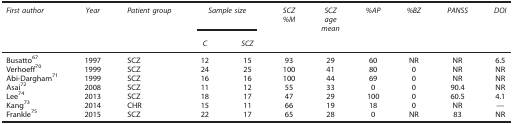
<table><thead><tr><td><b><i>First author</i></b></td><td><b><i>Year</i></b></td><td><b><i>Patient group</i></b></td><td colspan="2"><b><i>Sample size</i></b></td><td><b><i>SCZ</i> <i>%M</i></b></td><td><b><i>SCZ</i> <i>age</i> <i>mean</i></b></td><td><b><i>%AP</i></b></td><td><b><i>%BZ</i></b></td><td><b><i>PANSS</i></b></td><td><b><i>DOI</i></b></td></tr><tr><td><b> </b></td><td><b> </b></td><td><b> </b></td><td><b><i>C</i></b></td><td><b><i>SCZ</i></b></td><td><b> </b></td><td><b> </b></td><td><b> </b></td><td><b> </b></td><td><b> </b></td><td><b> </b></td></tr></thead><tbody><tr><td>Busatto<sup>67</sup></td><td>1997</td><td>SCZ</td><td>12</td><td>15</td><td>93</td><td>29</td><td>60</td><td>NR</td><td>NR</td><td>6.5</td></tr><tr><td>Verhoeff<sup>70</sup></td><td>1999</td><td>SCZ</td><td>24</td><td>25</td><td>100</td><td>41</td><td>80</td><td>0</td><td>NR</td><td>NR</td></tr><tr><td>Abi-Dargham<sup>71</sup></td><td>1999</td><td>SCZ</td><td>16</td><td>16</td><td>100</td><td>44</td><td>69</td><td>0</td><td>NR</td><td>NR</td></tr><tr><td>Asai<sup>72</sup></td><td>2008</td><td>SCZ</td><td>11</td><td>12</td><td>55</td><td>33</td><td>0</td><td>0</td><td>90.4</td><td>NR</td></tr><tr><td>Lee<sup>74</sup></td><td>2013</td><td>SCZ</td><td>18</td><td>17</td><td>47</td><td>29</td><td>100</td><td>0</td><td>60.5</td><td>4.1</td></tr><tr><td>Kang<sup>73</sup></td><td>2014</td><td>CHR</td><td>15</td><td>11</td><td>66</td><td>19</td><td>18</td><td>0</td><td>NR</td><td>—</td></tr><tr><td>Frankle<sup>75</sup></td><td>2015</td><td>SCZ</td><td>22</td><td>17</td><td>65</td><td>28</td><td>0</td><td>NR</td><td>83</td><td>NR</td></tr></tbody></table>